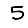
Digit: 5